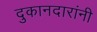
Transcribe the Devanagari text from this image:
दुकानदारांनी